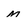
Character: m